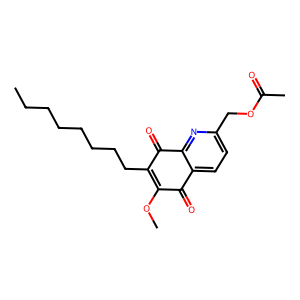
SMILES: CCCCCCCCC1=C(OC)C(=O)c2ccc(COC(C)=O)nc2C1=O
Inhibits HIV replication: No